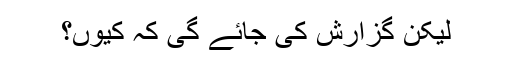
لیکن گزارش کی جائے گی کہ کیوں؟